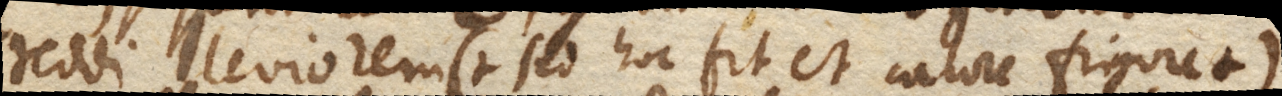
reddi leviorem (+ sed hoc fit et calore frigore +)